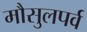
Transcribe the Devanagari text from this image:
मौसुलपर्व